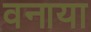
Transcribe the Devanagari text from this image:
वनाया